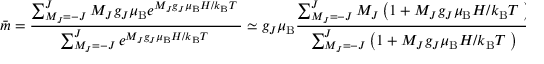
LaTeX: { \bar { m } } = { \frac { \sum _ { M _ { J } = - J } ^ { J } { M _ { J } g _ { J } \mu _ { \mathrm { B } } e ^ { M _ { J } g _ { J } \mu _ { \mathrm { B } } H / k _ { \mathrm { B } } T \; } } } { \sum _ { M _ { J } = - J } ^ { J } e ^ { M _ { J } g _ { J } \mu _ { \mathrm { B } } H / k _ { \mathrm { B } } T \; } } } \simeq g _ { J } \mu _ { \mathrm { B } } { \frac { \sum _ { M _ { J } = - J } ^ { J } M _ { J } \left( 1 + M _ { J } g _ { J } \mu _ { \mathrm { B } } H / k _ { \mathrm { B } } T \; \right) } { \sum _ { M _ { J } = - J } ^ { J } \left( 1 + M _ { J } g _ { J } \mu _ { \mathrm { B } } H / k _ { \mathrm { B } } T \; \right) } } = { \frac { g _ { J } ^ { 2 } \mu _ { \mathrm { B } } ^ { 2 } H } { k _ { \mathrm { B } } T } } { \frac { \sum _ { - J } ^ { J } M _ { J } ^ { 2 } } { \sum _ { M _ { J } = - J } ^ { J } { ( 1 ) } } } ,